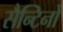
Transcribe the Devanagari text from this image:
सैन्टिनो